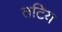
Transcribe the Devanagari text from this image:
तटिय